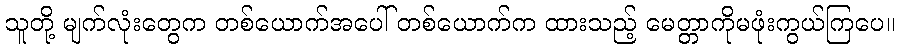
သူတို့ မျက်လုံးတွေက တစ်ယောက်အပေါ် တစ်ယောက်က ထားသည့် မေတ္တာကိုမဖုံးကွယ်ကြပေ။